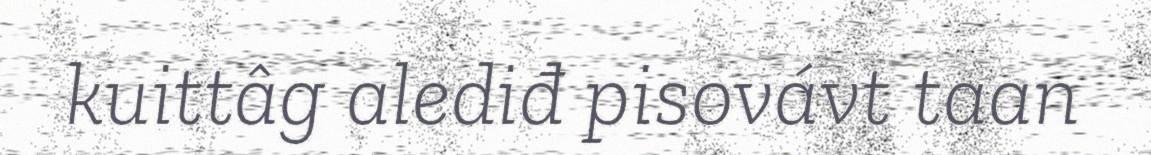
kuittâg alediđ pisovávt taan